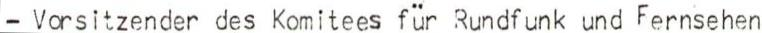
- Vorsitzender des Komitees für Rundfunk und Fernsehen